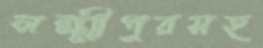
লক্ষ্মীপুরসহ